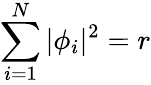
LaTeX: \sum_{i=1}^{N}|\phi_{i}|^{2}=r